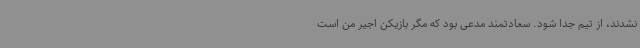
نشدند، از تیم جدا شود. سعادتمند مدعی بود که مگر بازیکن اجیر من است